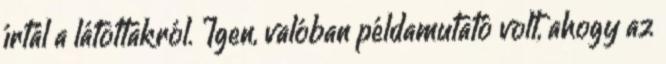
írtál a látottakról. Igen, valóban példamutató volt, ahogy az